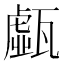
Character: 𤮆